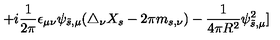
+ i { \frac { 1 } { 2 \pi } } \epsilon _ { \mu \nu } \psi _ { \tilde { s } , \mu } ( \triangle _ { \nu } X _ { s } - 2 \pi m _ { s , \nu } ) - { \frac { 1 } { 4 \pi R ^ { 2 } } } \psi _ { \tilde { s } , \mu } ^ { 2 } ]